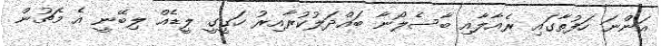
އަންނަ ހަފުތާގައި ރެއާލާއި ބާސެލޯނާ ބައްދަލުކުރާއިރު ހަގީގީ ލީޑެއް ލިބޭނީ އެ މެޗުން